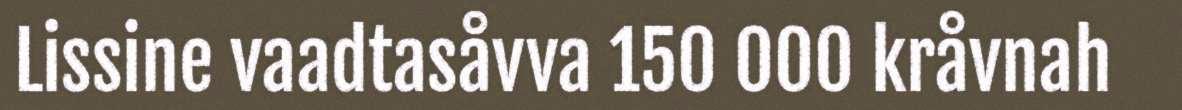
Lissine vaadtasåvva 150 000 kråvnah